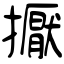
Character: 擫